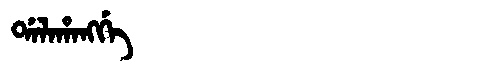
Manchu: ᡩᠠᠯᠠᡥᠠᠩᡤᡝ
Romanization: DALAHANGGE